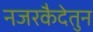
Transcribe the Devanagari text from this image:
नजरकैदेतुन